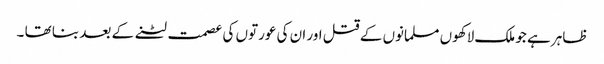
ظاہر ہے جو ملک لاکھوں مسلمانوں کے قتل اور ان کی عورتوں کی عصمت لٹنے کے بعد بنا تھا ۔